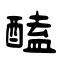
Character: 醘